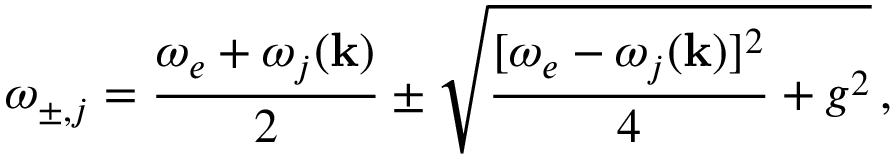
\omega _ { \pm , j } = \frac { \omega _ { e } + \omega _ { j } ( \mathbf k ) } { 2 } \pm \sqrt { \frac { [ \omega _ { e } - \omega _ { j } ( \mathbf k ) ] ^ { 2 } } { 4 } + g ^ { 2 } } \, ,